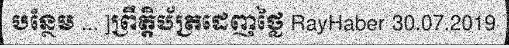
បន្ថែម ... ]ព្រឹត្តិប័ត្រដេញថ្លៃ RayHaber 30.07.2019